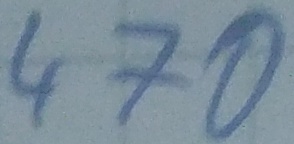
Text: 470